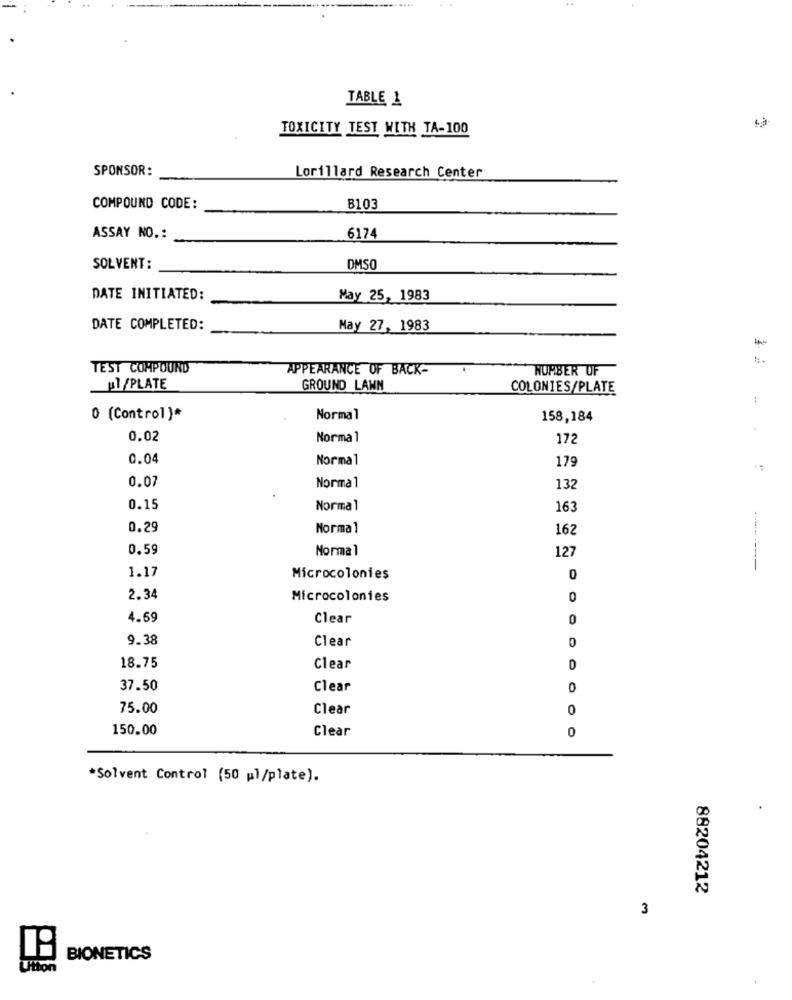
TABLE 1
TOXICITY TEST WITH TA-100
SPONSOR:
Lorillard Research Center
COMPOUND CODE:
B103
ASSAY NO .:
6174
SOLVENT:
DMSO
DATE INITIATED:
May 25, 1983
DATE COMPLETED:
May 27, 1983
TEST COMPOUND
APPEARANCE OF BACK-
NUMBER OF
Ul/PLATE
GROUND LAWN
COLONIES/PLATE
1
0 (Control)*
Normal
158,184
0.02
Normal
172
0.04
Normal
179
..
0.07
Normal
132
0.15
Normal
163
0.29
Normal
162
0.59
Normal
127
1.17
Microcolonies
0
2.34
Microcolonies
4.69
Clear
0
9.38
Clear
18.75
Clear
37.50
Clear
0
75.00
Clear
0
150.00
Clear
0
*Solvent Control (50 ml/plate).
88204212
3
P
BIONETICS